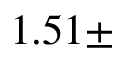
1 . 5 1 \pm